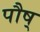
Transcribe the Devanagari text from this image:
पौष्